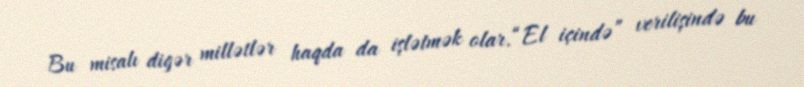
Bu misalı digər millətlər haqda da işlətmək olar.“El içində” verilişində bu